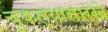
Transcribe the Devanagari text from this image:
चुकल्यासारखे